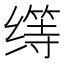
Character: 𱺬